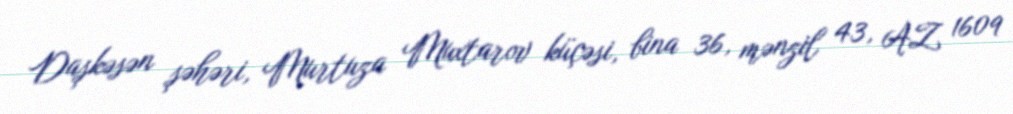
Daşkəsən şəhəri, Murtuza Muxtarov küçəsi, bina 36, mənzil 43, AZ 1609